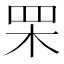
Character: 䍒